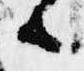
候